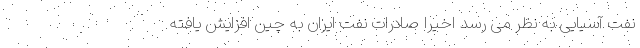
نفت آسیایی به نظر می رسد اخیرا صادرات نفت ایران به چین افزایش یافته